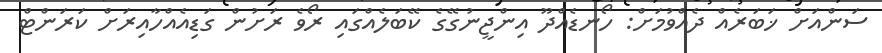
ސަންއަށް ޚަބަރެއް ދެއްވުމަށް: ހޯނޑެއްދޫ އިންޖީނުގޭގެ ކޭބަލެއްގައި ރޯވެ ރަށުން ގަޑިއެއްހާއިރަށް ކަރަންޓް